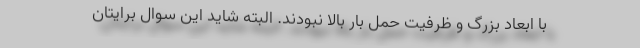
با ابعاد بزرگ و ظرفیت حمل بار بالا نبودند. البته شاید این سوال برایتان